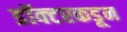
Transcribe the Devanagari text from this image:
डॉक्‍टरकडून